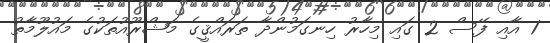
1 އާއި ފޭސް 2 ގައި މިހާރު ހިނގަމުންދާ ތަރައްޤީގެ މަޝްރޫއުތަކުގެ މައުލޫމާތު